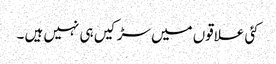
کئی علاقوں میں سڑکیں ہی نہیں ہیں ۔